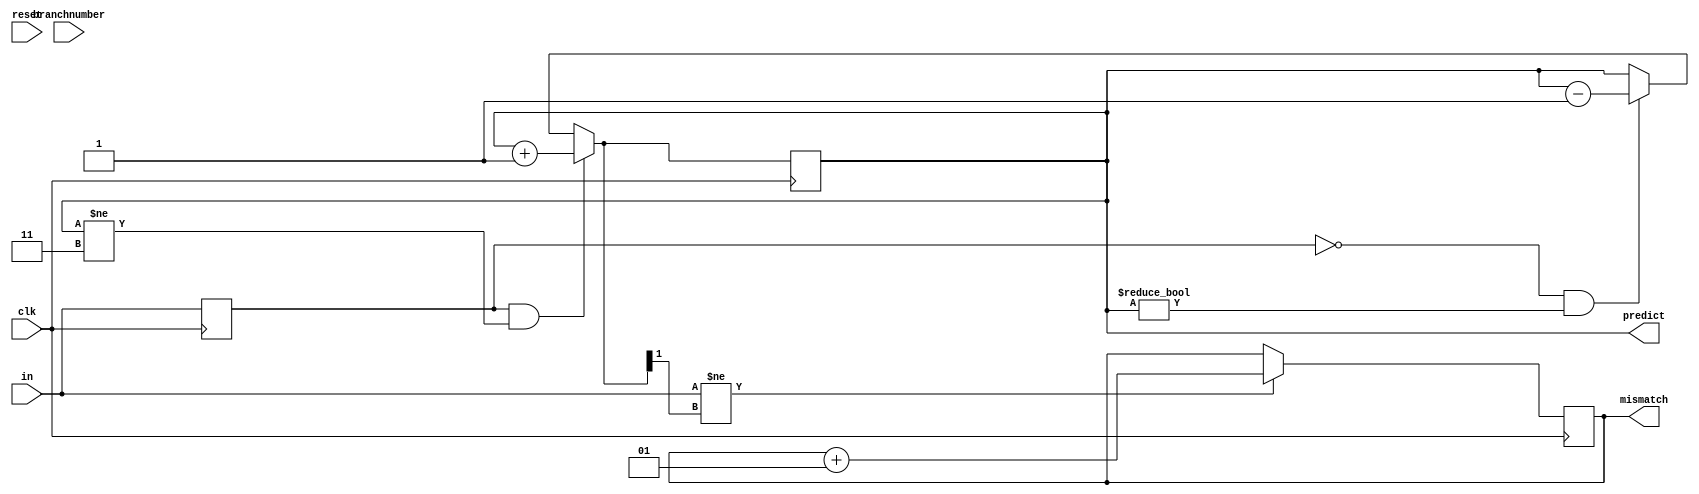
module twobit(
predict,  
mismatch,
in,
branchnumber,
reset,
clk,  // clock input
);
//-------------Input Ports---------------
input clk;
input reset;
input in;
input branchnumber;
//-------------Intermediate--------------
reg previousinput = 0;
//-------------Output Ports--------------
output reg [1:0]predict= 2'b00;
output integer mismatch=0;
//-------------Code Starts Here----------
always @(posedge clk) begin
	
	if (previousinput == 1 & predict != 2'b11) 
		predict = predict + 1;

	else if (previousinput == 0 & predict != 2'b00)
		predict = predict - 1;

	previousinput = in;

	if (in != predict[1])
		mismatch = mismatch+1;
end
endmodule